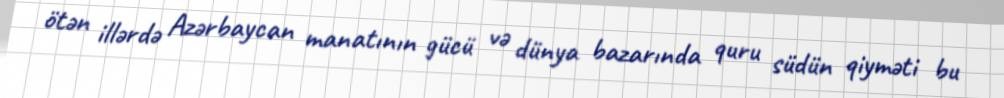
ötən illərdə Azərbaycan manatının gücü və dünya bazarında quru südün qiyməti bu